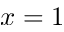
x = 1